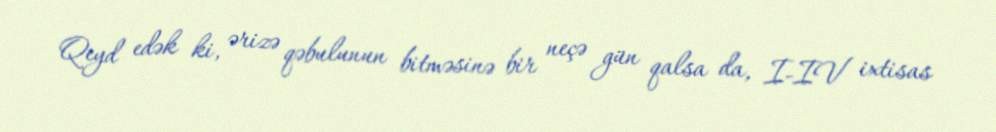
Qeyd edək ki, ərizə qəbulunun bitməsinə bir neçə gün qalsa da, I-IV ixtisas